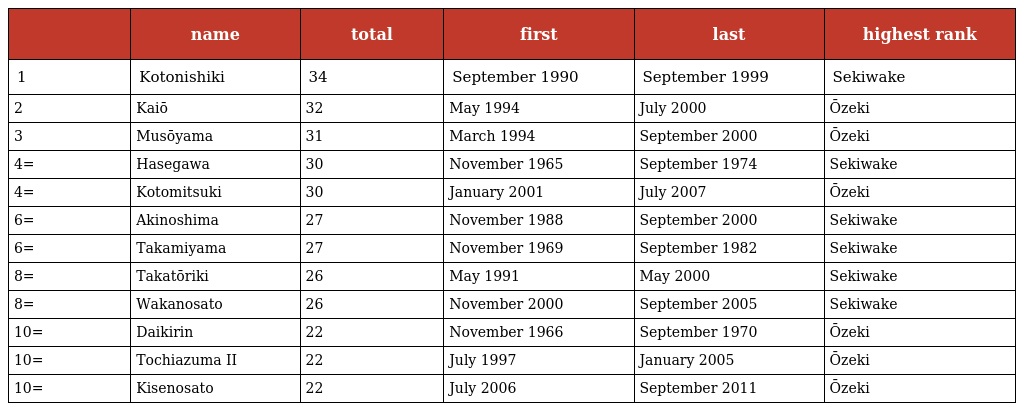
|  | name | total | first | last | highest rank |
 | --- | --- | --- | --- | --- | --- |
 | 1 | Kotonishiki | 34 | September 1990 | September 1999 | Sekiwake |
 | 2 | Kaiō | 32 | May 1994 | July 2000 | Ōzeki |
 | 3 | Musōyama | 31 | March 1994 | September 2000 | Ōzeki |
 | 4= | Hasegawa | 30 | November 1965 | September 1974 | Sekiwake |
 | 4= | Kotomitsuki | 30 | January 2001 | July 2007 | Ōzeki |
 | 6= | Akinoshima | 27 | November 1988 | September 2000 | Sekiwake |
 | 6= | Takamiyama | 27 | November 1969 | September 1982 | Sekiwake |
 | 8= | Takatōriki | 26 | May 1991 | May 2000 | Sekiwake |
 | 8= | Wakanosato | 26 | November 2000 | September 2005 | Sekiwake |
 | 10= | Daikirin | 22 | November 1966 | September 1970 | Ōzeki |
 | 10= | Tochiazuma II | 22 | July 1997 | January 2005 | Ōzeki |
 | 10= | Kisenosato | 22 | July 2006 | September 2011 | Ōzeki |